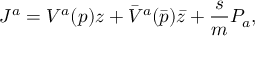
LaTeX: J ^ { a } = V ^ { a } ( p ) z + { \bar { V } } ^ { a } ( { \bar { p } } ) { \bar { z } } + \frac { s } { m } P _ { a } ,